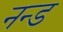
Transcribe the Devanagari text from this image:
नन्ड